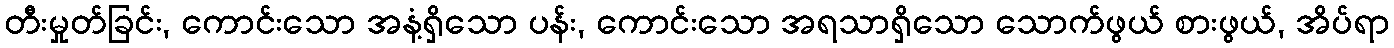
တီးမှုတ်ခြင်း, ကောင်းသော အနံ့ရှိသော ပန်း, ကောင်းသော အရသာရှိသော သောက်ဖွယ် စားဖွယ်, အိပ်ရာ